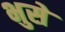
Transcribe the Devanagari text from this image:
भुसे